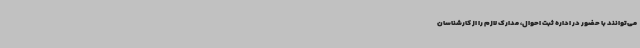
می‌توانند با حضور در اداره ثبت احوال، مدارک لازم را از کارشناسان